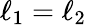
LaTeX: \ell_{1}=\ell_{2}